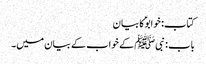
کتاب: خوابوؑ کا بیان
باب : نبیﷺ کے خواب کے بیان میں۔